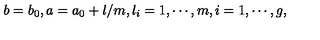
b = b _ { 0 } , a = a _ { 0 } + l / m , l _ { i } = 1 , \cdots , m , i = 1 , \cdots , g ,